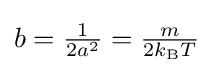
{\textstyle b={\frac {1}{2a^{2}}}={\frac {m}{2k_{\text{B}}T}}}